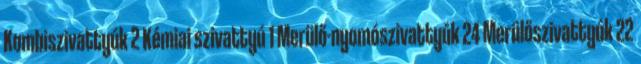
Kombiszivattyúk 2 Kémiai szivattyú 1 Merülő-nyomószivattyúk 24 Merülőszivattyúk 22